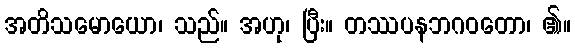
အတိသမောယော၊ သည်။ အဟု၊ ပြီး။ တဿပနဘဂဝတော၊ ၏။